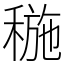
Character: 𥠥